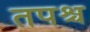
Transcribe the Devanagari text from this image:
तपश्च